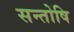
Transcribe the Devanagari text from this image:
सन्तोषि